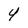
Character: 4